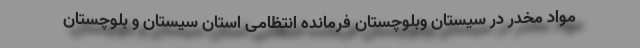
مواد مخدر در سیستان وبلوچستان فرمانده انتظامی استان سیستان و بلوچستان